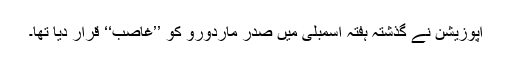
اپوزیشن نے گذشتہ ہفتہ اسمبلی میں صدر ماردورو کو ’’غاصب‘‘ قرار دیا تھا۔